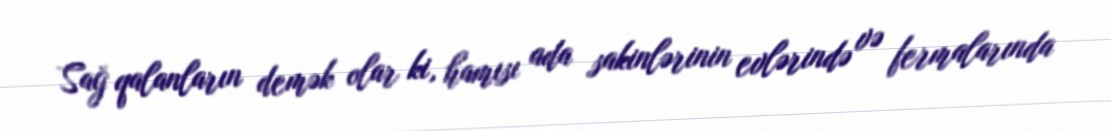
Sağ qalanların demək olar ki, hamısı ada sakinlərinin evlərində və fermalarında